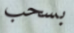
بسحب